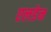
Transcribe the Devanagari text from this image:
एलडेन